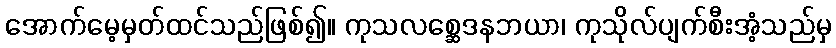
အောက်မေ့မှတ်ထင်သည်ဖြစ်၍။ ကုသလစ္ဆေဒနဘယာ၊ ကုသိုလ်ပျက်စီးအံ့သည်မှ